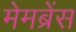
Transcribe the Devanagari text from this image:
मेमब्रेंस